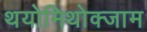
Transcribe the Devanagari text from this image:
थयोमिथोक्‍जाम